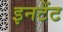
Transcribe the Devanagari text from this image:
इनटेंट